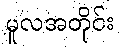
မူလအတိုင်း